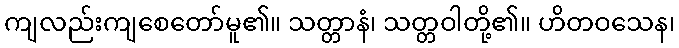
ကျလည်းကျစေတော်မူ၏။ သတ္တာနံ၊ သတ္တဝါတို့၏။ ဟိတဝသေန၊